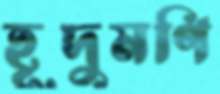
হূদুমণি